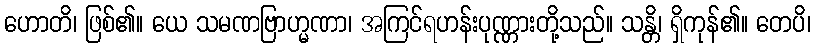
ဟောတိ၊ ဖြစ်၏။ ယေ သမဏဗြာဟ္မဏာ၊ အကြင်ရဟန်းပုဏ္ဏားတို့သည်။ သန္တိ၊ ရှိကုန်၏။ တေပိ၊